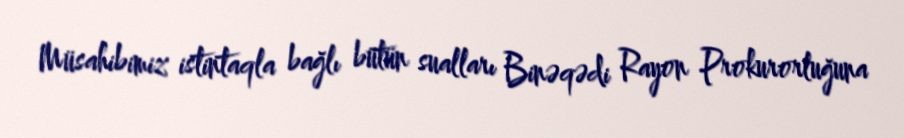
Müsahibimiz istintaqla bağlı bütün sualları Binəqədi Rayon Prokurorluğuna